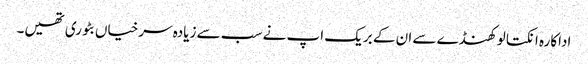
اداکارہ انکتا لوکھنڈے سے ان کے بریک اپ نے سب سے زیادہ سرخیاں بٹوری تھیں۔